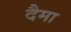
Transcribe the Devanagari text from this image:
दैमा